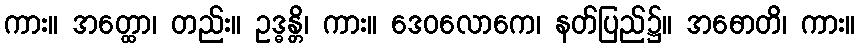
ကား။ အတ္ထော၊ တည်း။ ဥဒ္ဓန္တိ၊ ကား။ ဒေဝလောကေ၊ နတ်ပြည်၌။ အဓောတိ၊ ကား။